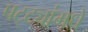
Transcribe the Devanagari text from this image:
पट्ट्यांमधे